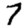
Digit: 7